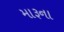
મારૂના